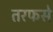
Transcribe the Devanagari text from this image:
तरफसे